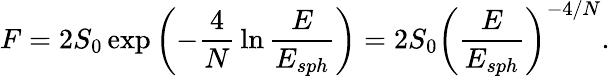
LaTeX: F=2S_{0}\exp\left(-{\frac{4}{N}}\ln{\frac{E}{E_{sph}}}\right)=2S_{0}\left({\frac{E}{E_{sph}}}\right)^{-4/N}.